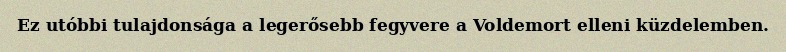
Ez utóbbi tulajdonsága a legerősebb fegyvere a Voldemort elleni küzdelemben.